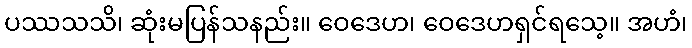
ပဿသသိ၊ ဆုံးမပြန်သနည်း။ ဝေဒေဟ၊ ဝေဒေဟရှင်ရသေ့။ အဟံ၊